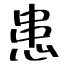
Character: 患